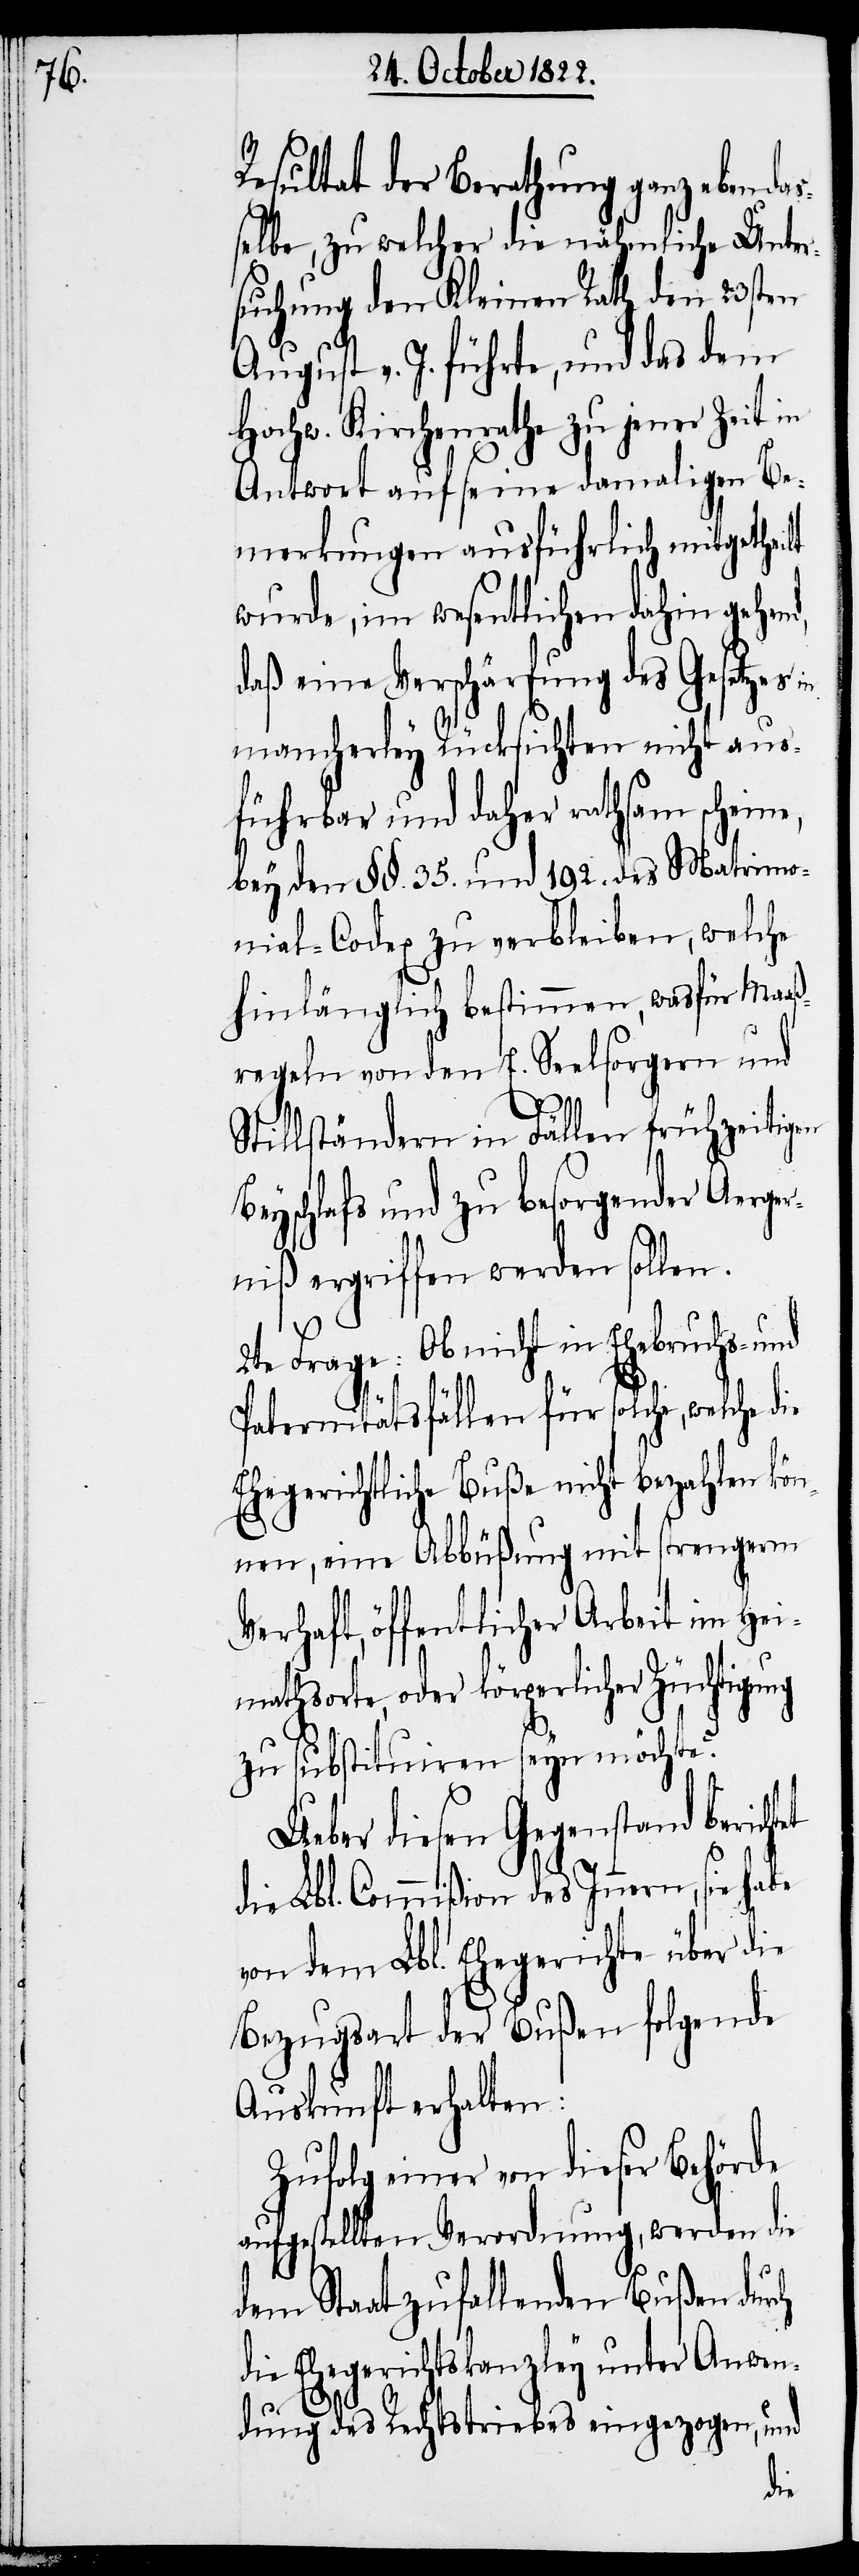
Resultat der Berathung ganz ebendas¬
selbe, zu welcher die nähmliche Unter¬
suchung den Kleinen Rath den 23sten
August v. J. führte, und das dem
Hochw. Kirchenrathe zu jener Zeit in
Antwort auf seine damaligen Be¬
merkungen ausführlich mitgetheilt
wurde, im wesentlichen dahin gehend,
daß eine Verschärfung des Gesetzes
mancherley Rücksichten nicht aus¬
führbar und daher rathsam scheine,
bey den §§. 35. und 192. des Matrimo¬
nial-Codex zu verbleiben, welche
hinlänglich bestimmen, wasfür Maaß¬
regeln von den E. Seelsorgern und
tillständern in Fällen frühzeitigen
Beyschlafs und zu besorgender Aerge¬
rniß ergriffen werden sollen.
2te Frage: Ob nicht in Ehebruchs- u¬
nd
Paternitätsfällen für solche, welche die
Ehegerichtliche Buße nicht bezahlen kön¬
nen, eine Abbüßung mit strengerm
Verhaft, öffentlicher Arbeit im Hei¬
mathsorte, oder körperlicher Züchtigung
zu substituiren seyn möchte?
Ueber diesen Gegenstand bericht¬
die Lbl. Commißion des Innern, sie
von dem Lbl. Ehegerichte über die
Bezugsart der Bußen folgende
Auskunft erhalten:
Zufolg einer von dieser Behörde
aufgestellten Verordnung, werden die
dem Staat zufallenden Bußen durch
die Ehegerichtskanzley unter Anwen¬
et
dung des Rechtstriebes eingezogen, und